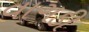
વાગડી